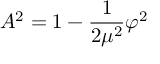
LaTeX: A ^ { 2 } = 1 - \frac { 1 } { 2 \mu ^ { 2 } } \varphi ^ { 2 }